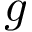
g